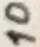
Text: 10